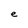
Character: e